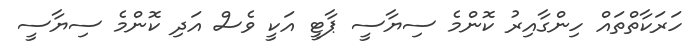
ހަރަކާތްތައް ހިންގާއިރު ކޮންމެ ސިޔާސީ ޕާޓީ އަކީ ވެސް އަދި ކޮންމެ ސިޔާސީ